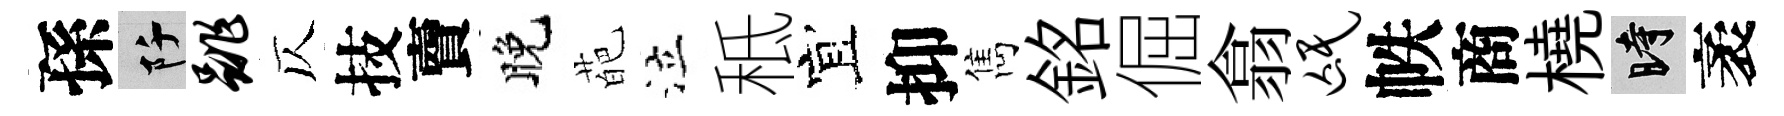
孫阡跳仄技𧶠晚葩泣秪宜抑雋銘倔翕氓帙商橈时袤